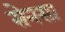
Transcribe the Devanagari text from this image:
सेनसा